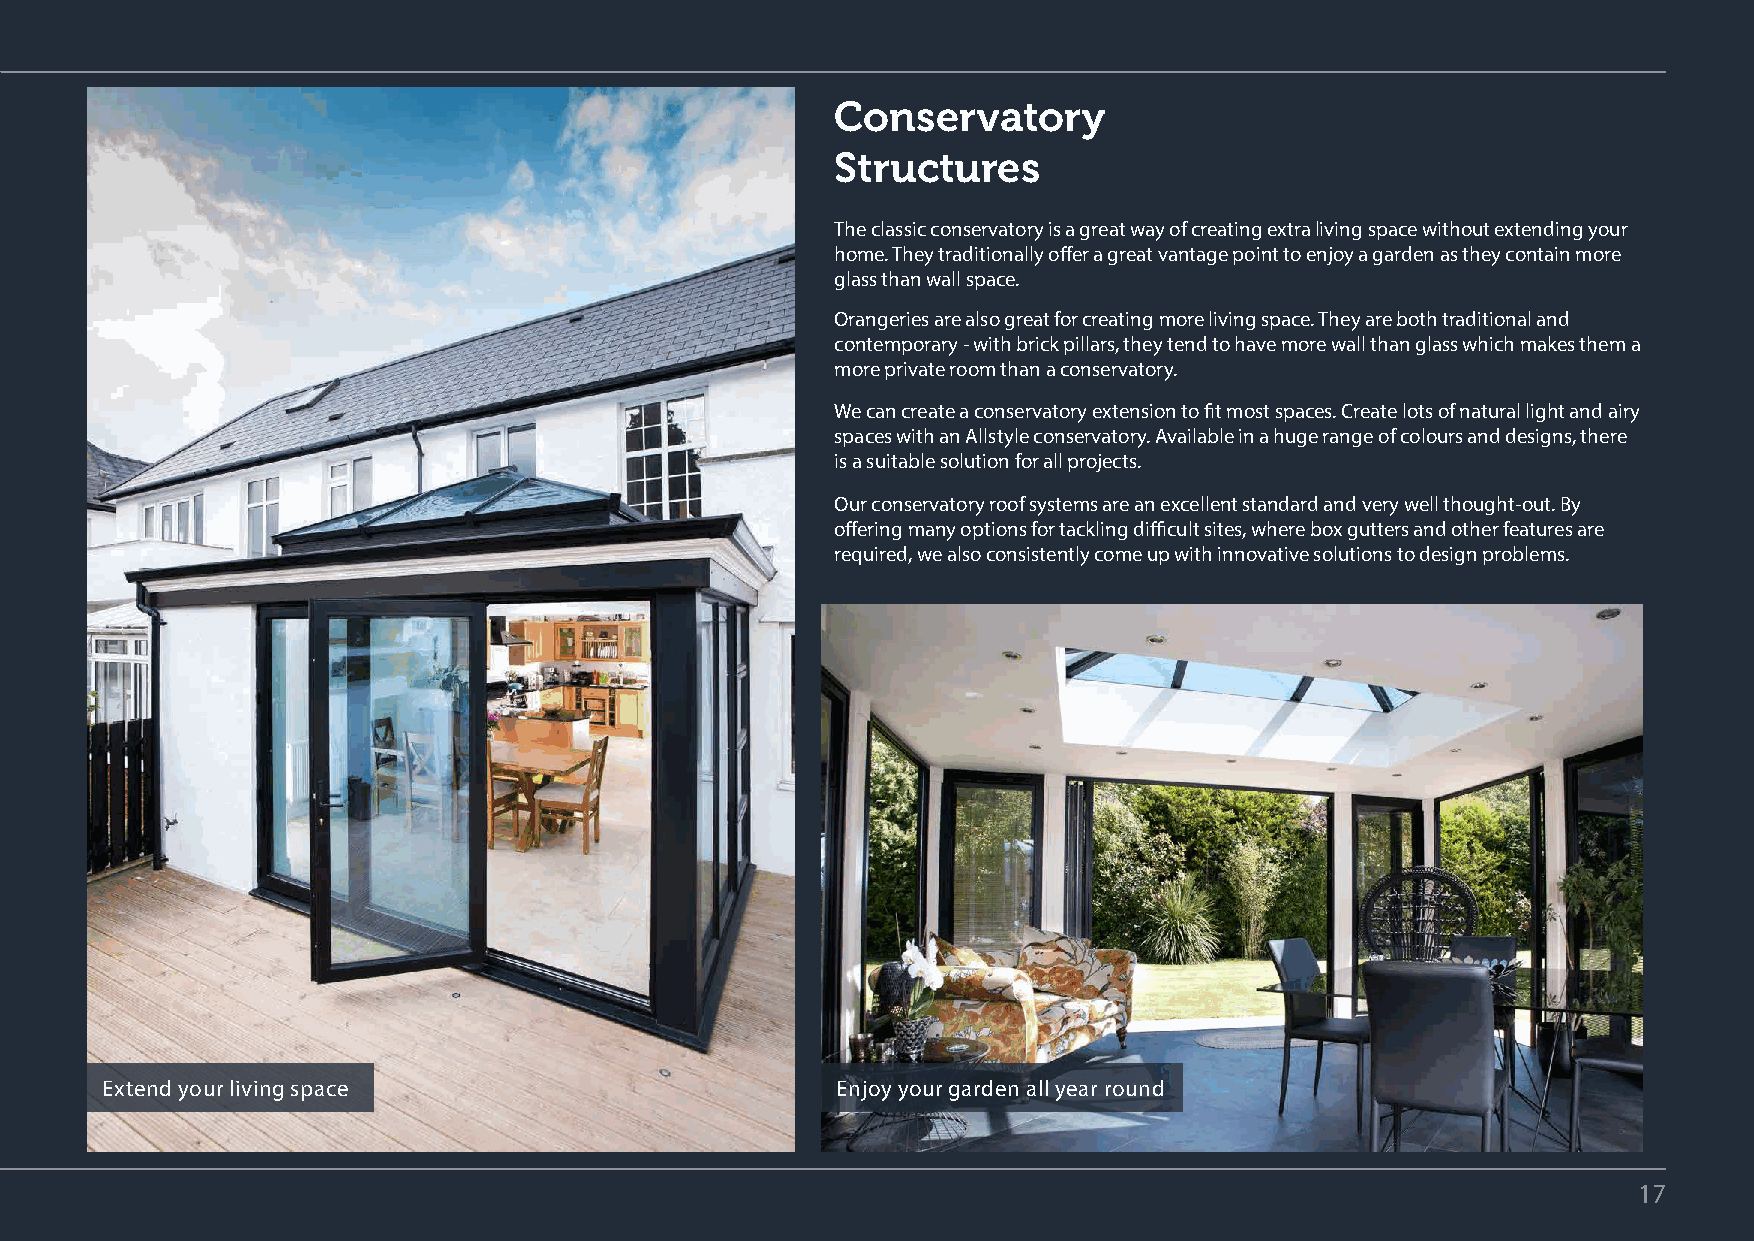
Conservatory
 Structures
 The classic conservatory is a great way of creating extra living space without extending your
 home. They traditionally offer a great vantage point to enjoy a garden as they contain more
 glass than wall space.
 Orangeries are also great for creating more living space. They are both traditional and
 contemporary - with brick pillars, they tend to have more wall than glass which makes them a
 more private room than a conservatory.
 We can create a conservatory extension to fit most spaces. Create lots of natural light and airy
 spaces with an Allstyle conservatory. Available in a huge range of colours and designs, there
 is a suitable solution for all projects.
 Our conservatory roof systems are an excellent standard and very well thought-out. By
 offering many options for tackling difficult sites, where box gutters and other features are
 required, we also consistently come up with innovative solutions to design problems.
 Extend your living space                        Enjoy your garden all year round
 17